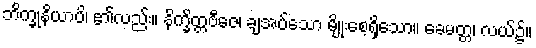
ဘိက္ခုနိယာပိ၊ ၏လည်း။ နိက္ခိတ္တဗီဇေ၊ ချအပ်သော မျိုးစေ့ရှိသော။ ခေမတ္တ၊ လယ်၌။